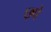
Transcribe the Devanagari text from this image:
छ्पे